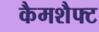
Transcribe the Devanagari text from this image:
कैमशैफ्ट